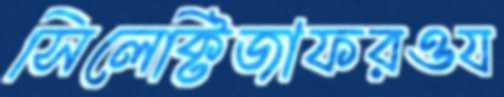
সিলেক্টিজাফরওয